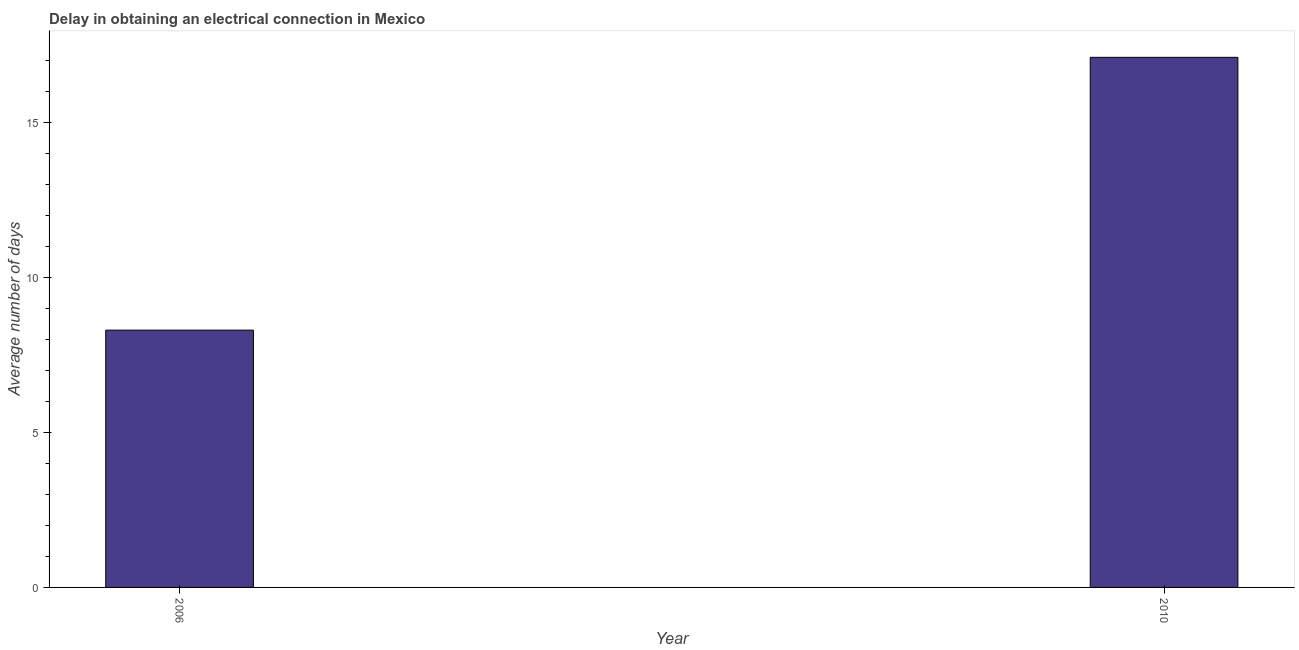
| Year | Dalay in Electrical connection |
 | --- | --- |
 | 2006 | 8.3 |
 | 2010 | 17.1 |